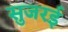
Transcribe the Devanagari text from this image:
सुजरई